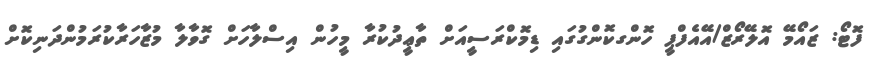
ފޮޓޯ: ޒައޯމޭ އޮލޭރޯޒް/އޭއެފްޕީ ހޮންގކޮންގުގައި ޑިމޮކްރަސީއަށް ތާޢީދުކުރާ މީހުން އިސްލާހަށް ގޮވާލާ މުޒާހަރާކުރަމުންދަނިކޮށް